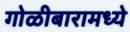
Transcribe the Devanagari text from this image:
गोळीबारामध्ये